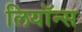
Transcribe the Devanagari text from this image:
लियॉन्स